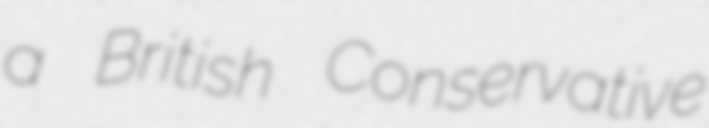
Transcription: a British Conservative